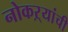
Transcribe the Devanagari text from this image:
नोकऱ्यांची